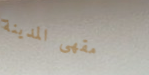
مقهى المدينة